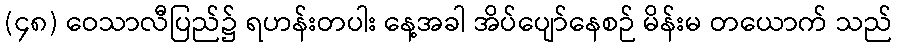
(၄၈) ဝေသာလီပြည်၌ ရဟန်းတပါး နေ့အခါ အိပ်ပျော်နေစဉ် မိန်းမ တယောက် သည်